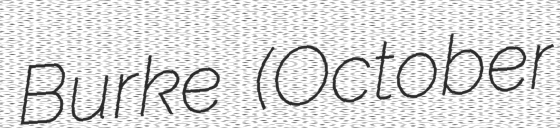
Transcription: Burke (October